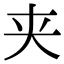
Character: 夹